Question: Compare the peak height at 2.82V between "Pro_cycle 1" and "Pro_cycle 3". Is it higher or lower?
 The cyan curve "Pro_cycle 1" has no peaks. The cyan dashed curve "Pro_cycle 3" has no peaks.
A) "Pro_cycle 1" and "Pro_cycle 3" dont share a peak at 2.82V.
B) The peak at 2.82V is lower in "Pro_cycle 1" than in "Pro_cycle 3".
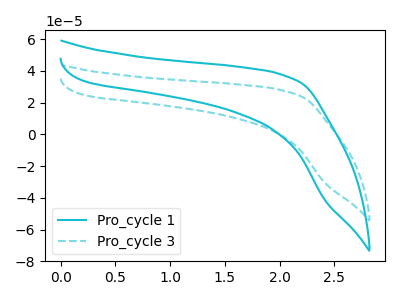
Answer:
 <answer>A) "Pro_cycle 1" and "Pro_cycle 3" dont share a peak at 2.82V.</answer>
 <eval>A</eval>